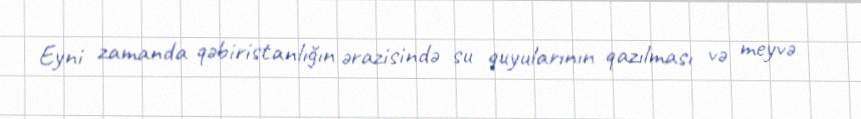
Eyni zamanda qəbiristanlığın ərazisində su quyularının qazılması və meyvə